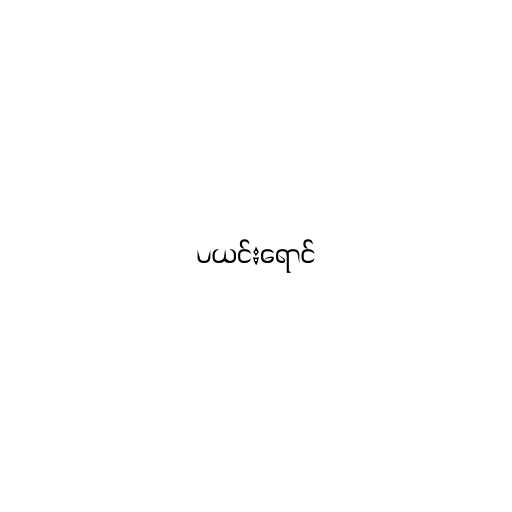
ပယင်းရောင်